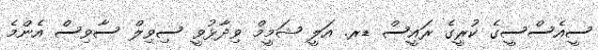
ސީއެސްސީގެ ކުރީގެ ރައީސް ޑރ. އަލީ ޝަމީމް ވިދާޅުވީ ސިވިލް ސާވިސް އެންމެ